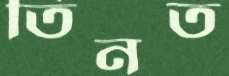
তিনত